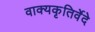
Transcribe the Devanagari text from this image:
वाक्यकृतिर्वेदे